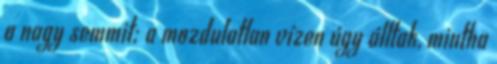
a nagy semmit; a mozdulatlan vízen úgy álltak, mintha